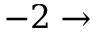
- 2 \to